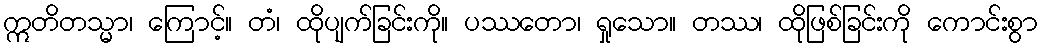
ဣတိတသ္မာ၊ ကြောင့်။ တံ၊ ထိုပျက်ခြင်းကို။ ပဿတော၊ ရှုသော။ တဿ၊ ထိုဖြစ်ခြင်းကို ကောင်းစွာ